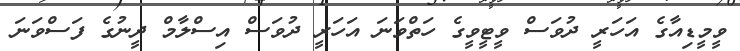
ވީމީޑިއާގެ އަހަރީ ދުވަސް ވީޓީވީގެ ހަތްވަނަ އަހަރީ ދުވަސް އިސްލާމް ދީނުގެ ފަސްވަނަ